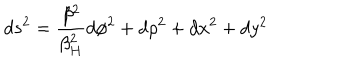
d s ^ { 2 } = { \frac { \beta ^ { 2 } } { \beta _ { H } ^ { 2 } } } d \phi ^ { 2 } + d \rho ^ { 2 } + d x ^ { 2 } + d y ^ { 2 }